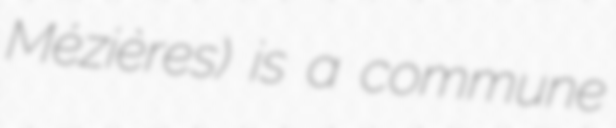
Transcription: Mézières) is a commune